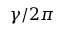
\gamma / 2 \pi